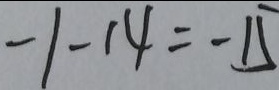
- 1 - 1 4 = - 1 5